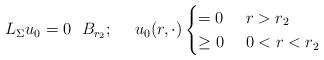
LaTeX: \begin{align*} L_{\Sigma}u_0 = 0\ \ B_{r_2};\ \ \ \ u_0 (r, \cdot) \begin{cases} = 0\ & r>r_2 \\ \geq 0\ & 0<r<r_2 \end{cases} \end{align*}